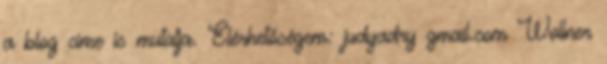
a blog címe is mutatja. Elérhetőségem: judyadry gmail.com Wollner